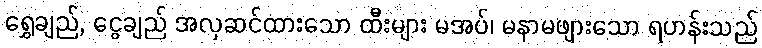
ရွှေချည်, ငွေချည် အလှဆင်ထားသော ထီးများ မအပ်၊ မနာမဖျားသော ရဟန်းသည်